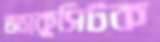
অ্যাকুসিটক